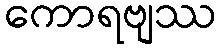
ကောရဗျဿ